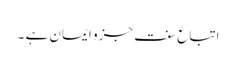
اتباعِ سنت جزو ایمان ہے ۔